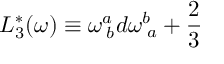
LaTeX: L _ { 3 } ^ { * } ( \omega ) \equiv \omega _ { \; b } ^ { a } d \omega _ { \; a } ^ { b } + \frac { 2 } { 3 }